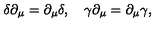
\delta \partial _ { \mu } = \partial _ { \mu } \delta , \quad \gamma \partial _ { \mu } = \partial _ { \mu } \gamma ,